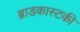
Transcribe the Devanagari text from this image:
ब्राडकास्टकी